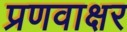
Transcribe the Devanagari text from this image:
प्रणवाक्षर